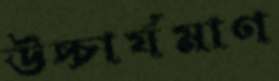
উচ্চার্যমাণ